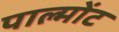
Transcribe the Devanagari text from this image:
पाल्मोंट